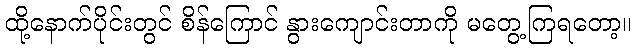
ထို့နောက်ပိုင်းတွင် စိန်ကြောင် နွားကျောင်းတာကို မတွေ့ကြရတော့။